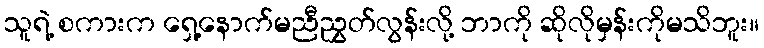
သူရဲ့ စကားက ရှေ့နောက်မညီညွှတ်လွန်းလို့ ဘာကို ဆိုလိုမှန်းကိုမသိဘူး။